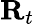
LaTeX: \mathbf{R}_{t}